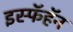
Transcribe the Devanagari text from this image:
इस्फॅहॅन